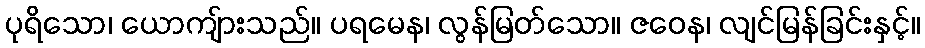
ပုရိသော၊ ယောကျ်ားသည်။ ပရမေန၊ လွန်မြတ်သော။ ဇဝေန၊ လျင်မြန်ခြင်းနှင့်။